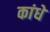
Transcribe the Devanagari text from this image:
कांधे